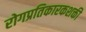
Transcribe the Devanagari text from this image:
रोगप्रतिकारकशक्ती